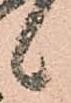
候